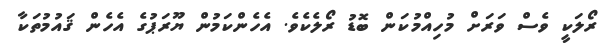
ރޯލަކީ ވެސް ވަރަށް މުހިއްމުކަން ބޮޑު ރޯލެކެވެ. އެހެންކަމުން ޔޫރަޕުގެ އެހެން ޤައުމުތަކާ